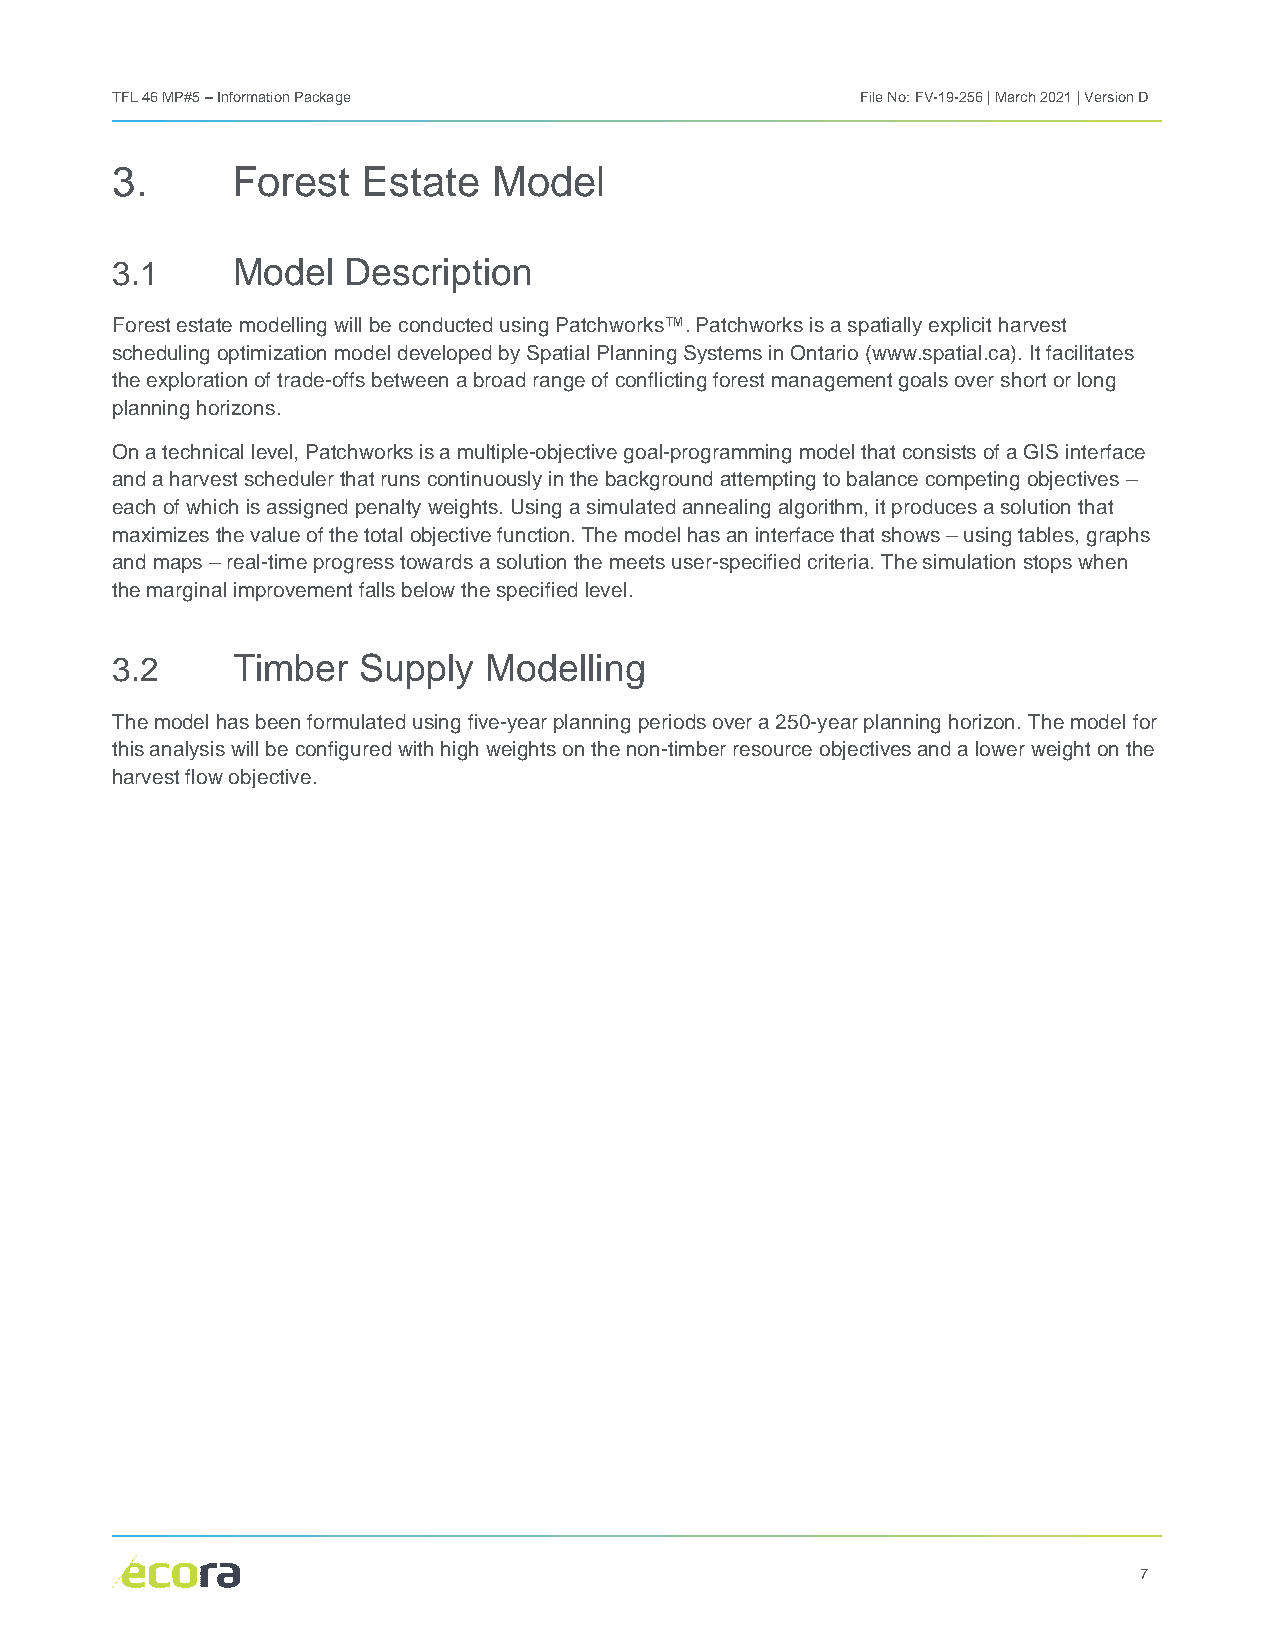
TFL 46 MP#5 – Information Package                 File No: FV-19-256 | March 2021 | Version D
 3.      Forest   Estate   Model
 3.1     Model   Description
 Forest estate modelling will be conducted using Patchworks™. Patchworks is a spatially explicit harvest
 scheduling optimization model developed by Spatial Planning Systems in Ontario (www.spatial.ca). It facilitates
 the exploration of trade-offs between a broad range of conflicting forest management goals over short or long
 planning horizons.
 On a technical level, Patchworks is a multiple-objective goal-programming model that consists of a GIS interface
 and a harvest scheduler that runs continuously in the background attempting to balance competing objectives –
 each of which is assigned penalty weights. Using a simulated annealing algorithm, it produces a solution that
 maximizes the value of the total objective function. The model has an interface that shows – using tables, graphs
 and maps – real-time progress towards a solution the meets user-specified criteria. The simulation stops when
 the marginal improvement falls below the specified level.
 3.2     Timber   Supply  Modelling
 The model has been formulated using five-year planning periods over a 250-year planning horizon. The model for
 this analysis will be configured with high weights on the non-timber resource objectives and a lower weight on the
 harvest flow objective.
 7